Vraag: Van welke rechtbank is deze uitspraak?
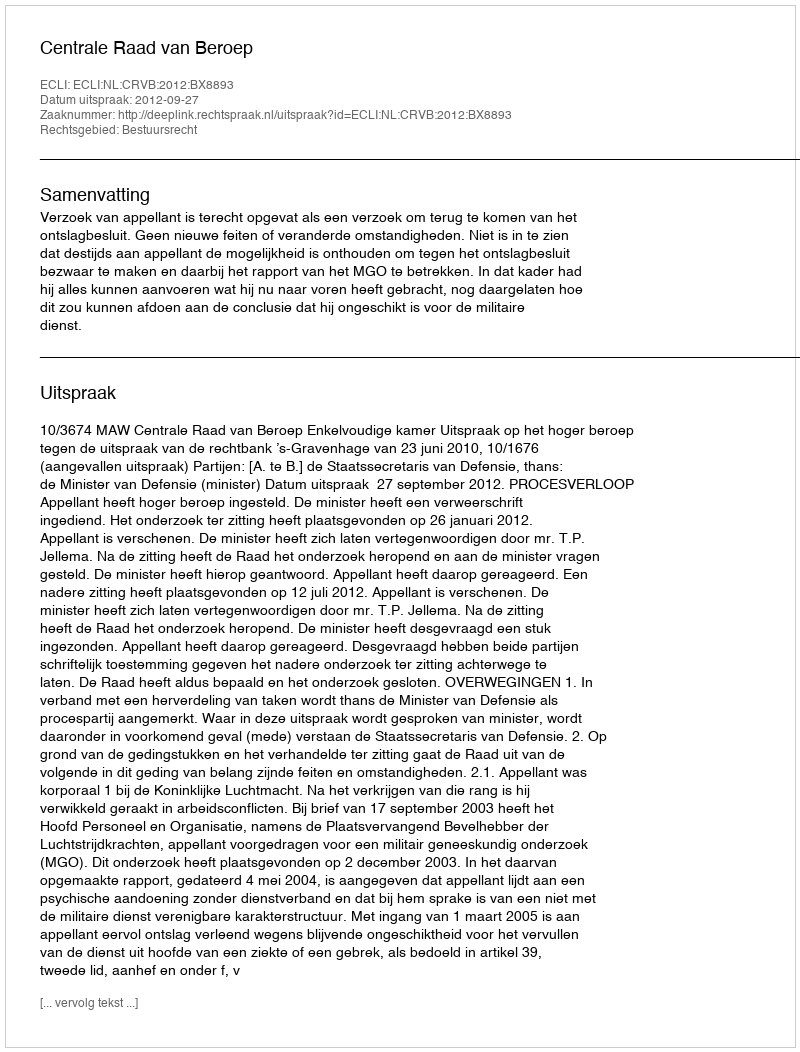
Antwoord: Centrale Raad van Beroep